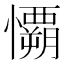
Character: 𰒟